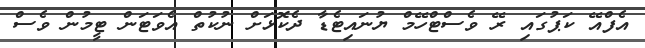
އެފްއޭ ކަޕުގައި ރޭ ވެސްޓްހޭމް ޔުނައިޓެޑާ ދެކޮޅަށް ނުކުތް އެވަޓަން ޓީމުން ވެސް